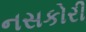
નસકોરી